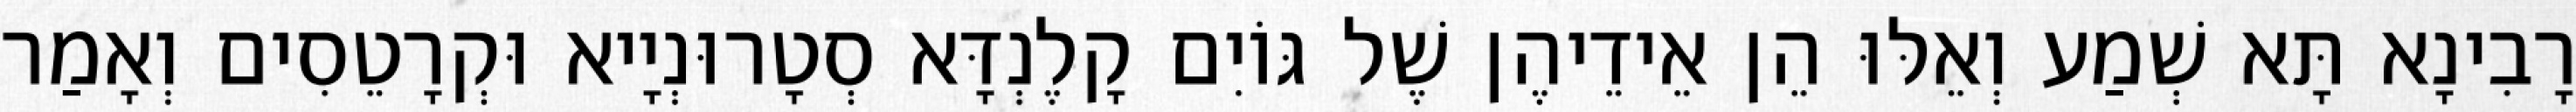
רָבִינָא תָּא שְׁמַע וְאֵלּוּ הֵן אֵידֵיהֶן שֶׁל גּוֹיִם קָלֶנְדָּא סְטָרוּנְיָיא וּקְרָטֵסִים וְאָמַר